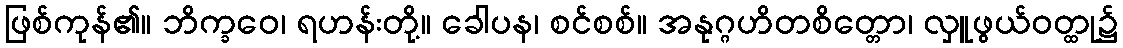
ဖြစ်ကုန်၏။ ဘိက္ခဝေ၊ ရဟန်းတို့။ ခေါပန၊ စင်စစ်။ အနုဂ္ဂဟိတစိတ္တော၊ လှူဖွယ်ဝတ္ထု၌